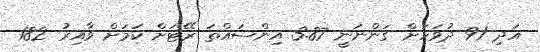
އަދި 91 ދުވަހަށް ގަންނަނީ 3.87 އިންސައްތަ ރޭޓަށް ކަމަށް ވާއިރު 182